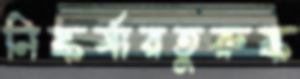
নিষ্কর্মারতুরুষ্ক